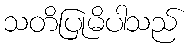
သတိပြုမိပါသည်